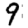
Digit: 9